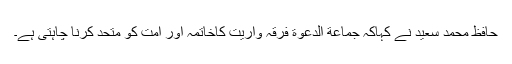
حافظ محمد سعید نے کہاکہ جماعة الدعوة فرقہ واریت کاخاتمہ اور امت کو متحد کرنا چاہتی ہے۔